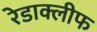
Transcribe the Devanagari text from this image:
रेडाक्लीफ